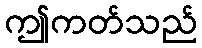
ဤကတ်သည်